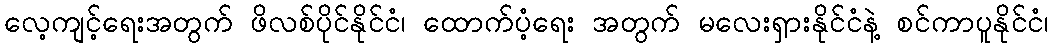
လေ့ကျင့်ရေးအတွက် ဖိလစ်ပိုင်နိုင်ငံ၊ ထောက်ပံ့ရေး အတွက် မလေးရှားနိုင်ငံနဲ့ စင်ကာပူနိုင်ငံ၊